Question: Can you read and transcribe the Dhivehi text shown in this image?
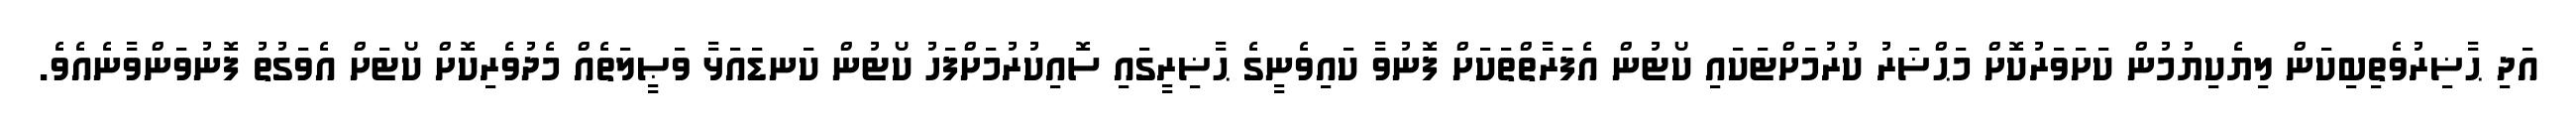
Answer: އަދި ޙާޟިރުވެތިބިކަން ލިޔެކިޔުމުން ކަށަވަރުކޮށް މަޙްޟަރު ކުރުމަށްޓަކައި ކޯޓުން އެފަރާތްތަކަށް ފޮނުވާ ކައިވެނީގެ ޙާޟިރީގައި ސޮއިކުރުމަށްފަހު ކޯޓުން ކަނޑައަޅާ ވަޞީލަތެއް މެދުވެރިކޮށް ކޯޓަށް އެވަގުތު ފޮނުވަންވާނެއެވެ.